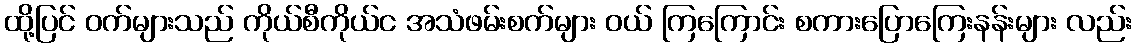
ထို့ပြင် ဝက်များသည် ကိုယ်စီကိုယ်င အသံဖမ်းစက်များ ဝယ် ကြကြောင်း စကားပြောကြေးနန်းများ လည်း